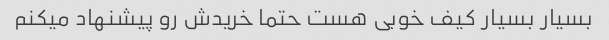
بسیار بسیار کیف خوبی هست حتما خریدش رو پیشنهاد میکنم